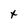
Character: x